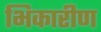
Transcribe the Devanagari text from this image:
भिकारीण